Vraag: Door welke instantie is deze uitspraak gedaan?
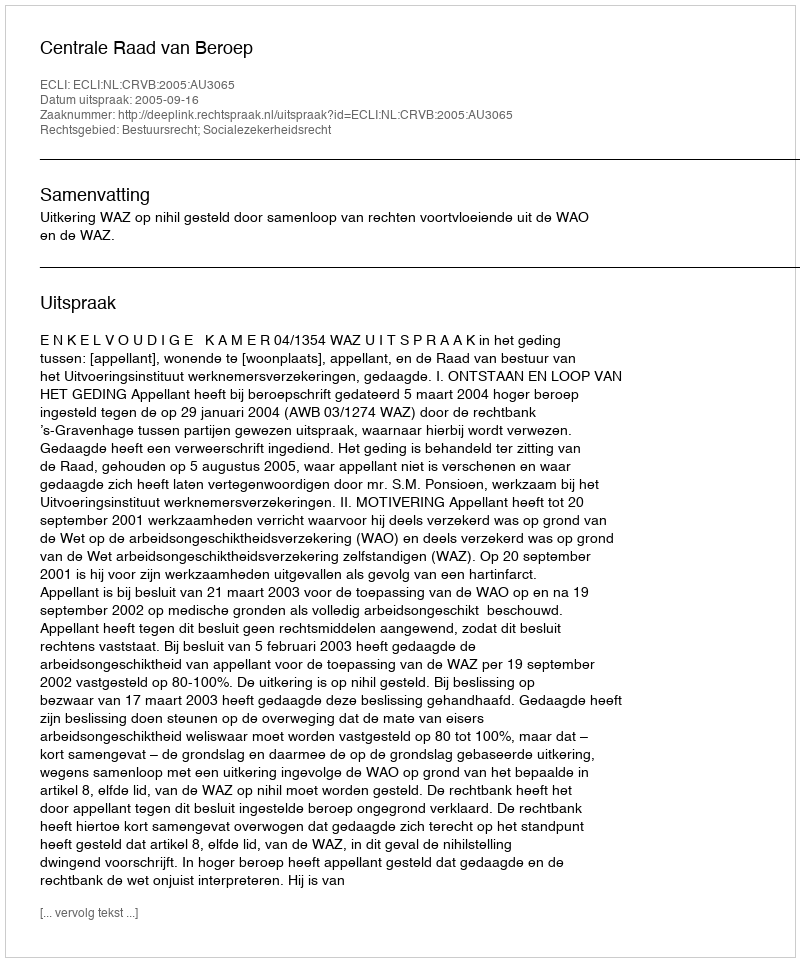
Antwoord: Centrale Raad van Beroep